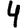
Digit: 4